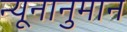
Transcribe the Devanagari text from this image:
न्यूनानुमान